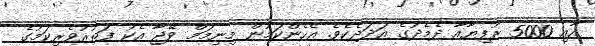
އާއި 5000 ރުފިޔާއާ ދެމެދުގެ އަދަދެކެވެ. އެހެންކަމުން މިނިމަމް ވޭޖާ އެކު ފަތުރުވެރިކަމުގެ